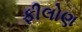
ફીલોણ